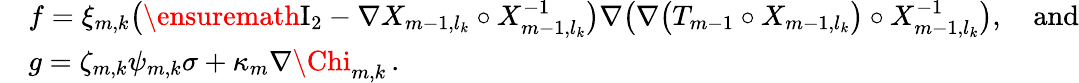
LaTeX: \begin{array}{rl}&{f=\xi_{m,k}\bigl(\ensuremath{\mathrm{I}_{2}}-\nabla X_{m-1,l_{k}}\circ X_{m-1,l_{k}}^{-1}\bigr)\nabla\bigl(\nabla\bigl(T_{m-1}\circ X_{m-1,l_{k}}\bigr)\circ X_{m-1,l_{k}}^{-1}\bigr),\quad\mathrm{and}}\\ &{g=\zeta_{m,k}{\psi}_{m,k}\sigma+\kappa_{m}\nabla{\Chi}_{m,k}\, .}\end{array}